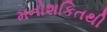
મનોશકિતથી